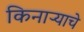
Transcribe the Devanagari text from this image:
किनाऱ्याचे